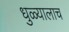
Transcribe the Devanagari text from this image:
धुळ्यालाच